Reports on dispensaries and lunatic asylums in the Province of Oudh - 1869-1876
Year: 1869
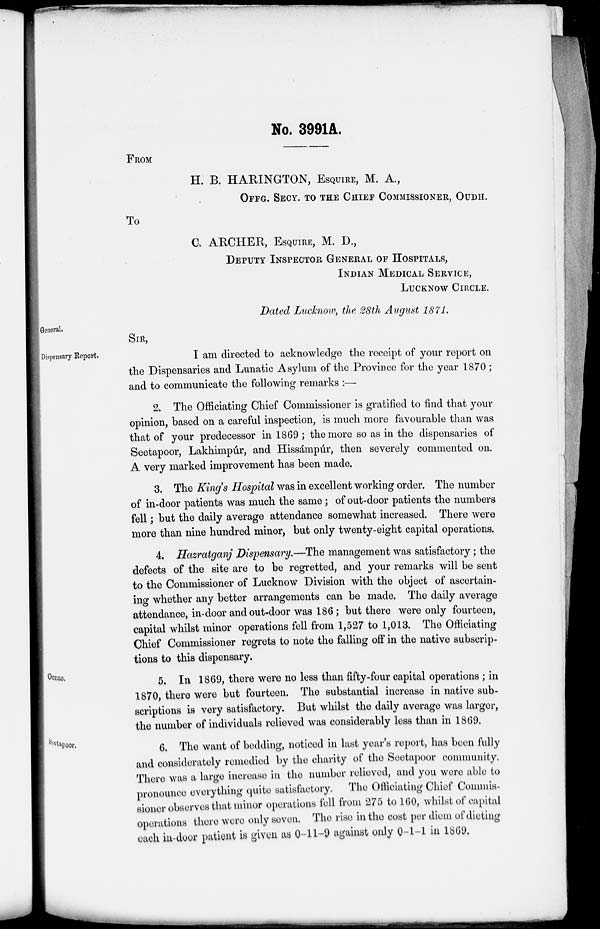
No. 3991A.
FROM
H. B. HARINGTON, ESQUIRE, M. A.,
OFFG. SECY. TO THE CHIEF COMMISSIONER, OUDH.
To
C. ARCHER, ESQUIRE, M. D.,
DEPUTY INSPECTOR GENERAL OF HOSPITALS,
INDIAN MEDICAL SERVICE,
LUCKNOW CIRCLE.
Dated Lucknow, the 28th August 1871.
General.
SIR,
Dispensary Report.
I am directed to acknowledge the receipt of your report on
the Dispensaries and Lunatic Asylum of the Province for the year 1870;
and to communicate the following remarks :—
2. The Officiating Chief Commissioner is gratified to find that your
opinion, based on a careful inspection, is much more favourable than was
that of your predecessor in 1869; the more so as in the dispensaries of
Seetapoor, Lakhimpúr, and Hissámpúr, then severely commented on.
A very marked improvement has been made.
3. The King's Hospital was in excellent working order. The number
of in-door patients was much the same ; of out-door patients the numbers
fell; but the daily average attendance somewhat increased. There were
more than nine hundred minor, but only twenty-eight capital operations.
4. Hazratganj Dispensary.—The management was satisfactory; the
defects of the site are to be regretted, and your remarks will be sent
to the Commissioner of Lucknow Division with the object of ascertain-
ing whether any better arrangements can be made. The daily average
attendance, in-door and out-door was 186; but there were only fourteen,
capital whilst minor operations fell from 1,527 to 1,013. The Officiating
Chief Commissioner regrets to note the falling off in the native subscrip-
tions to this dispensary.
Oonao.
5. In 1869, there were no less than fifty-four capital operations ; in
1870, there were but fourteen. The substantial increase in native sub-
scriptions is very satisfactory. But whilst the daily average was larger,
the number of individuals relieved was considerably less than in 1869.
Seetapoor.
6. The want of bedding, noticed in last year's report, has been fully
and considerately remedied by the charity of the Seetapoor community.
There was a large increase in the number relieved, and you were able to
pronounce everything quite satisfactory.
The Officiating Chief Commis-
sioner observes that minor operations fell from 275 to 160, whilst of capital
operations there were only seven. The rise in the cost per diem of dieting
each in-door patient is given as 0-11-9 against only 0-1-1 in 1869.